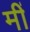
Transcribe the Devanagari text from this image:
मीं